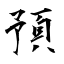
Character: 預